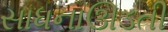
સાધનાઊડતી